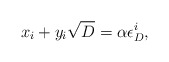
\begin{align*}x_{i} + y_{i} \sqrt{D} = \alpha \epsilon_{D}^{i},\end{align*}